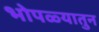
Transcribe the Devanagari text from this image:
भोपळ्यातुन